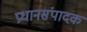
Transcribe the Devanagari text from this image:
प्रधानसंपादक